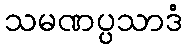
သမဏပ္ပသာဒံ